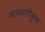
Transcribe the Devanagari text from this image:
मलाबारीकुस